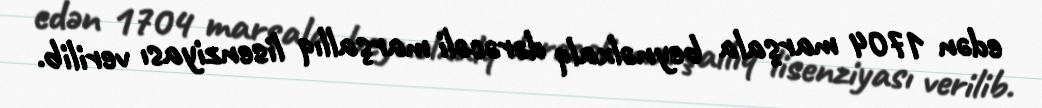
edən 1704 marşala beynəlxalq dərəcəli marşallıq lisenziyası verilib.